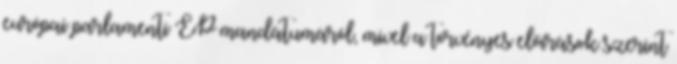
európai parlamenti EP mandátumáról, mivel a törvényes előírások szerint